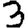
Digit: 3